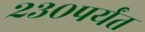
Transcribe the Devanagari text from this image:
२३०पर्यंत